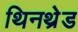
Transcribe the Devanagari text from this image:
थिनथ्रेड